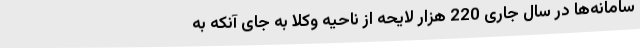
سامانه‌ها در سال جاری 220 هزار لایحه از ناحیه وکلا به جای آنکه به